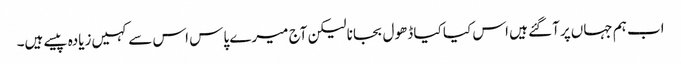
اب ہم جہاں‌پر آگئے ہیں اس کیا کیا ڈھول بجانا لیکن آج میرے پاس اس سے کہیں‌زیادہ پیسے ہیں۔